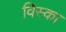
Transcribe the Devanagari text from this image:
विस्का